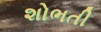
શોભતી